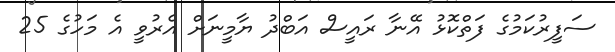
ސަފީރުކަމުގެ ފަތްކޮޅު އޭނާ ރައީސް އަބްދު ޔާމީނަށް އެރުވީ އެ މަހުގެ 25